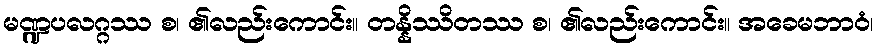
မဏ္ဍပလဂ္ဂဿ စ၊ ၏လည်းကောင်း။ တန္နိဿိတဿ စ၊ ၏လည်းကောင်း။ အခေမဘာဝံ၊